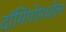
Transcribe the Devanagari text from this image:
दॉमिंगोमधील